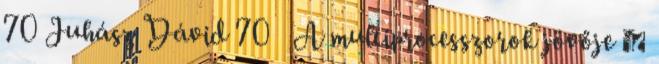
70 Juhász Dávid 70 A multiprocesszorok jövője ●